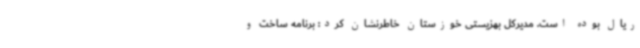
ریال بوده است. مدیرکل بهزیستی خوزستان خاطرنشان کرد: برنامه ساخت و